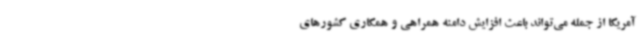
آمریکا از جمله می‌تواند باعث افزایش دامنه همراهی و همکاری کشورهای